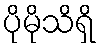
ပိုမိုသိရှိ